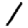
Digit: 1